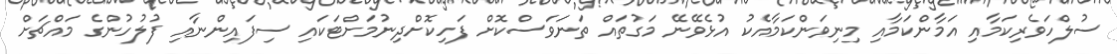
ސުލްހަވެރިކަމާއި އަމާންކަމާއި މިނިވަންކަމާއެކު އުޅެވޭނޭ މަގުތައް ތަނަވަސްކޮށް ފަހިކޮށްދިނުމަށްޓަކައި ސިފައިންނާއި ފުލުހުންގެ މައްޗަށް